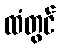
ထံတွင်